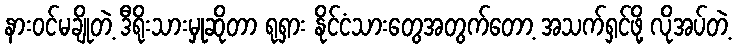
နားဝင်မချိုတဲ့ ဒီရိုးသားမှုဆိုတာ ရုရှား နိုင်ငံသားတွေအတွက်တော့ အသက်ရှင်ဖို့ လိုအပ်တဲ့